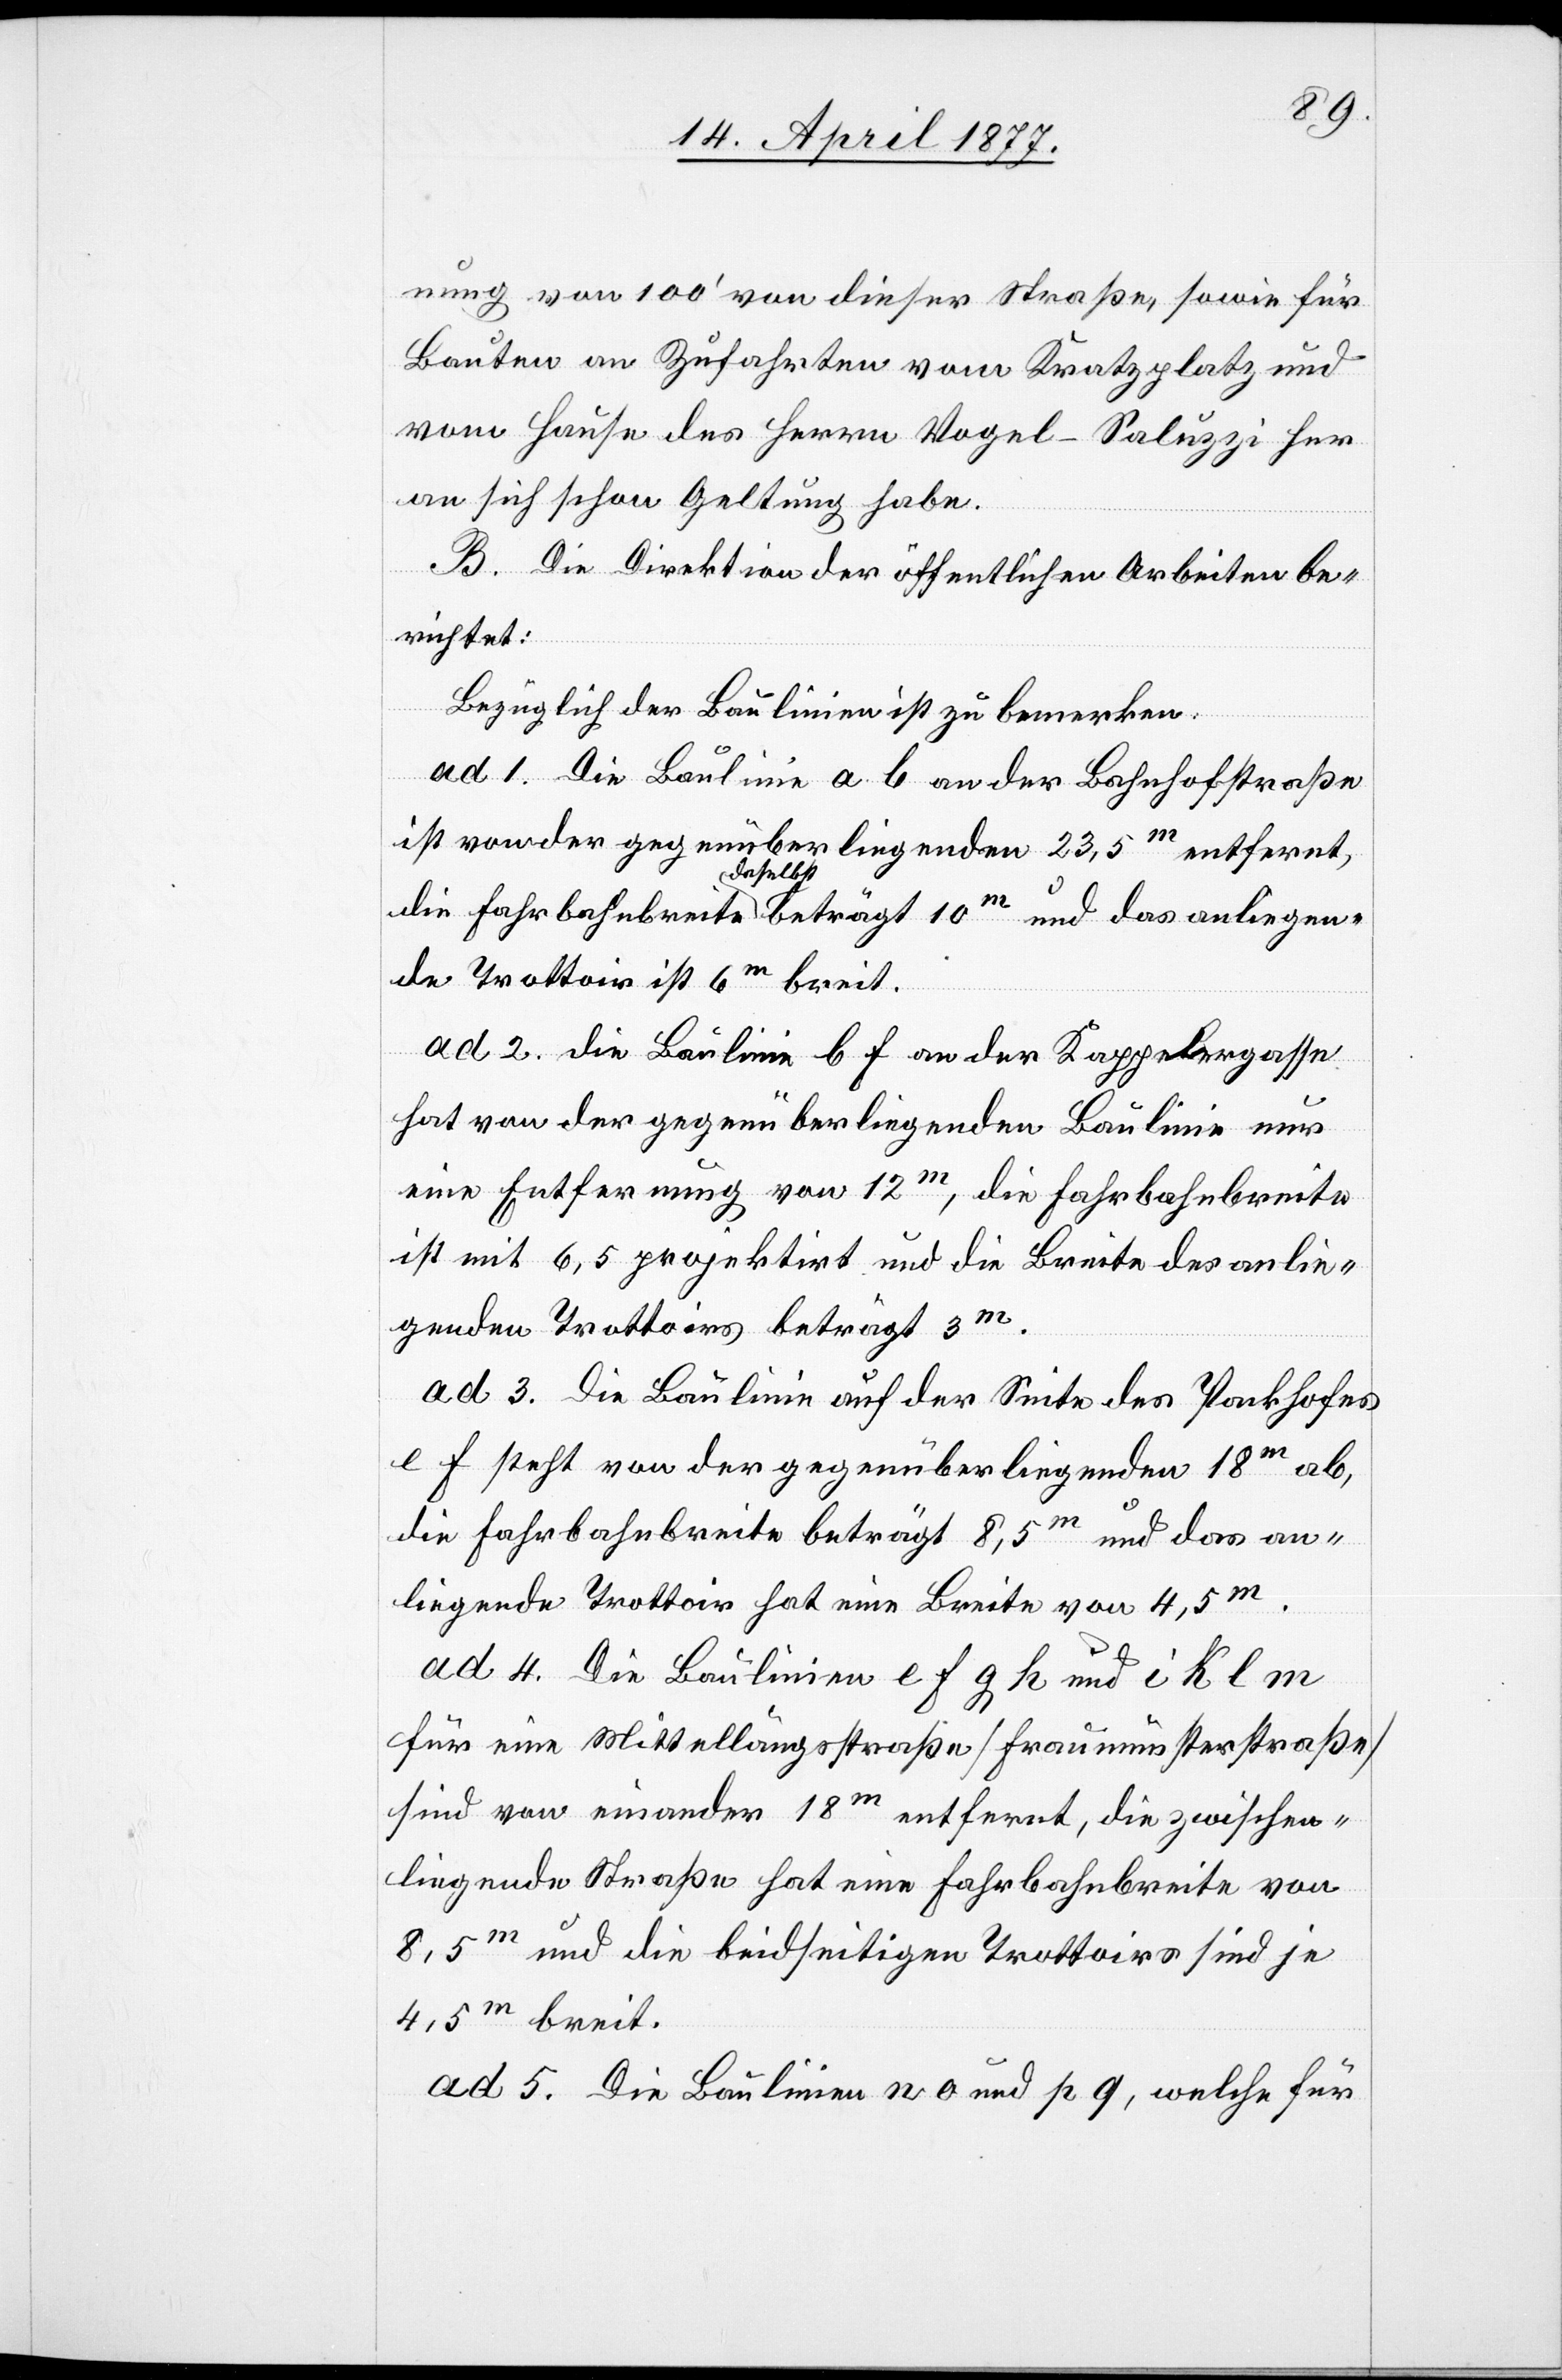
nung von 100’ von dieser Straße, sowie für
Bauten an Zufahrten vom Kratzplatz und
vom Hause des Herrn Vogel-Saluzzi her
an sich schon Geltung habe.
B. Die Direktion der öffentlichen Arbeiten be¬
richtet:
Bezüglich der Baulinien ist zu bemerken:
ad 1. Die Baulinie a b an der Bahnhofstraße
ist von der gegenüber liegenden 23,5m entfernt,
das anliege¬
nde Trottoir ist 6m breit.
ad 2. die Baulinie b f an der Kappelergasse
hat von der gegenüber liegenden Baulinie nur
eine Entfernung von 12m, die Fahrbahnbreite
ist mit 6,5 projektirt und die Breite des anlie¬
genden Trottoirs beträgt 3m.
ad 3. Die Baulinie auf der Seite des Packhofes
e f steht von der gegenüber liegenden 18m ab,
die Fahrbahnbreite beträgt 8,5m und das an¬
liegende Trottoir hat eine Breite von 4,5m.
ad 4. Die Baulinien e f g h und i k l m
für eine Mittellängsstraße [Fraumünsterstraße]
sind von einander 18m entfernt, die zwischen¬
liegende Straße hat eine Fahrbahnbreite von
8,5m und die beidseitigen Trottoirs sind je
4,5m breit.
ad 5. Die Baulinien n o und p q, welche für